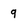
Character: 9